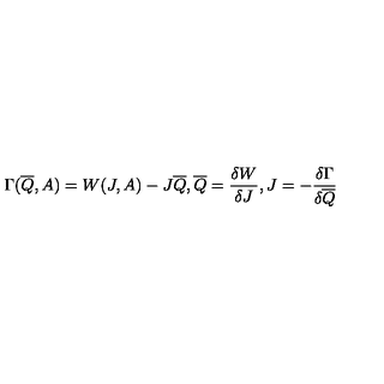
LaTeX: \Gamma ( \overline { { Q } } , A ) = W ( J , A ) - J \overline { { Q } } , \overline { { Q } } = \frac { \delta W } { \delta J } , J = - \frac { \delta \Gamma } { \delta \overline { { Q } } }